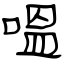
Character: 嗢